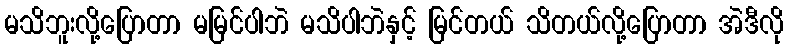
မသိဘူးလို့ပြောတာ မမြင်ပါဘဲ မသိပါဘဲနှင့် မြင်တယ် သိတယ်လို့ပြောတာ အဲဒီလို